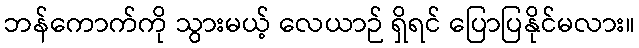
ဘန်ကောက်ကို သွားမယ့် လေယာဉ် ရှိရင် ပြောပြနိုင်မလား။